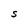
Character: S